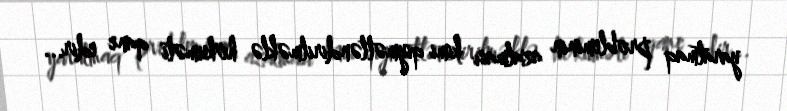
yaratmaq probleminin azalması kimi qiymətləndirilməklə hökuməti qane edir...